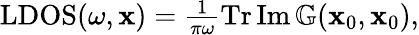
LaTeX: \begin{array}{r}{\textrm{LDOS}(\omega,\mathbf{x})=\frac{1}{\pi\omega}\operatorname{Tr}\operatorname{Im}\mathbb{G}(\mathbf{x}_{0},\mathbf{x}_{0}),}\end{array}